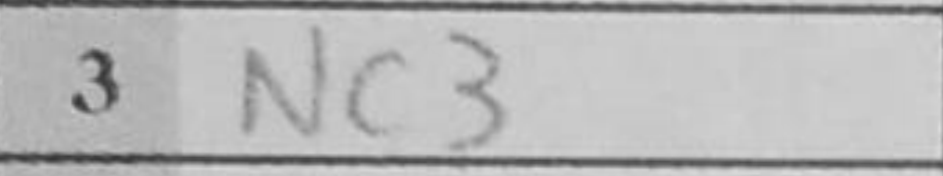
Transcription: Nc3